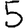
Digit: 5